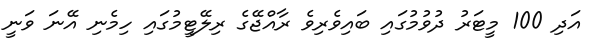
އަދި 100 މީޓަރު ދުވުމުގައި ބައިވެރިވެ ރާއްޖޭގެ ރިލޭޓީމުގައި ހިމެނި އޭނަ ވަނީ